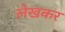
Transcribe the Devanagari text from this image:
लेखकर